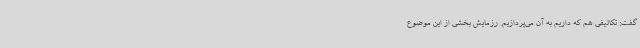
گفت: تکالیفی هم که داریم به آن می‌پردازیم. رزمایش بخشی از این موضوع